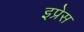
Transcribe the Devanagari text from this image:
इप्रेस